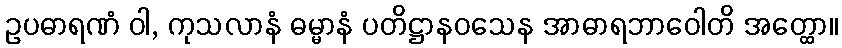
ဥပဓာရဏံ ဝါ, ကုသလာနံ ဓမ္မာနံ ပတိဋ္ဌာနဝသေန အာဓာရဘာဝေါတိ အတ္ထော။